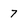
Character: 7